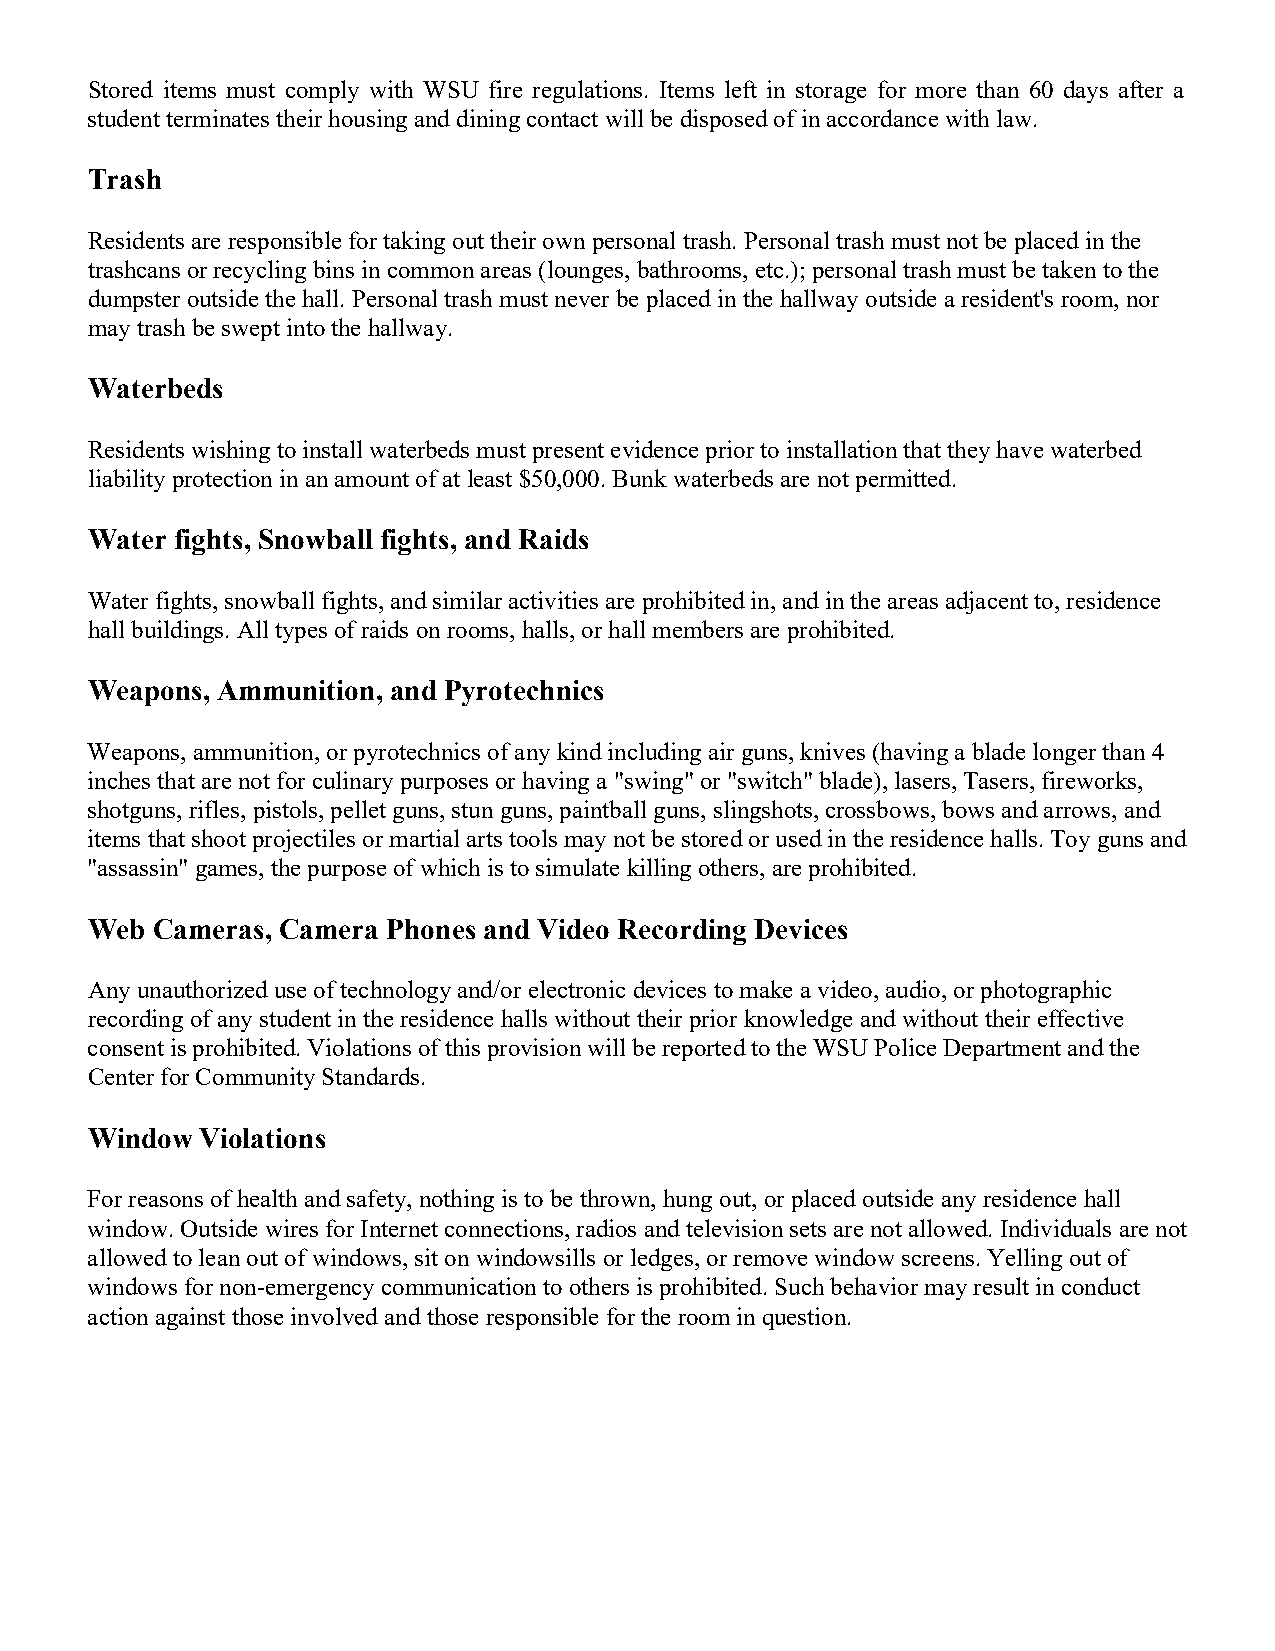
Stored items must comply with WSU fire regulations. Items left in storage for more than 60 days after a
 student terminates their housing and dining contact will be disposed of in accordance with law.
 Trash
 Residents are responsible for taking out their own personal trash. Personal trash must not be placed in the
 trashcans or recycling bins in common areas (lounges, bathrooms, etc.); personal trash must be taken to the
 dumpster outside the hall. Personal trash must never be placed in the hallway outside a resident's room, nor
 may trash be swept into the hallway.
 Waterbeds
 Residents wishing to install waterbeds must present evidence prior to installation that they have waterbed
 liability protection in an amount of at least $50,000. Bunk waterbeds are not permitted.
 Water fights, Snowball fights, and Raids
 Water fights, snowball fights, and similar activities are prohibited in, and in the areas adjacent to, residence
 hall buildings. All types of raids on rooms, halls, or hall members are prohibited.
 Weapons, Ammunition, and Pyrotechnics
 Weapons, ammunition, or pyrotechnics of any kind including air guns, knives (having a blade longer than 4
 inches that are not for culinary purposes or having a "swing" or "switch" blade), lasers, Tasers, fireworks,
 shotguns, rifles, pistols, pellet guns, stun guns, paintball guns, slingshots, crossbows, bows and arrows, and
 items that shoot projectiles or martial arts tools may not be stored or used in the residence halls. Toy guns and
 "assassin" games, the purpose of which is to simulate killing others, are prohibited.
 Web Cameras, Camera Phones and Video Recording Devices
 Any unauthorized use of technology and/or electronic devices to make a video, audio, or photographic
 recording of any student in the residence halls without their prior knowledge and without their effective
 consent is prohibited. Violations of this provision will be reported to the WSU Police Department and the
 Center for Community Standards.
 Window Violations
 For reasons of health and safety, nothing is to be thrown, hung out, or placed outside any residence hall
 window. Outside wires for Internet connections, radios and television sets are not allowed. Individuals are not
 allowed to lean out of windows, sit on windowsills or ledges, or remove window screens. Yelling out of
 windows for non-emergency communication to others is prohibited. Such behavior may result in conduct
 action against those involved and those responsible for the room in question.